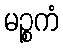
မဉ္စကံ